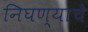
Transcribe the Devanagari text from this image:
निघण्याचे